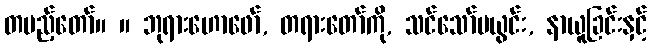
တပည့်တော်။ ။ ဘုရားဟောဖော်, တရားတော်ကို, သင်သော်မယွင်း, နာယူခြင်းနှင့်